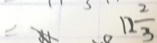
1 2 \frac { 2 } { 3 }